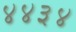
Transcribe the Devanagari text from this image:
४४३४